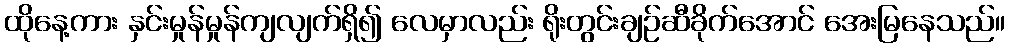
ထိုနေ့ကား နှင်းမှုန်မှုန်ကျလျက်ရှိ၍ လေမှာလည်း ရိုးတွင်းချဉ်ဆီခိုက်အောင် အေးမြနေသည်။